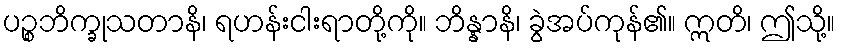
ပဉ္စဘိက္ခုသတာနိ၊ ရဟန်းငါးရာတို့ကို။ ဘိန္နာနိ၊ ခွဲအပ်ကုန်၏။ ဣတိ၊ ဤသို့။